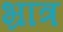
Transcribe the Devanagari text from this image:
भ्रात्र